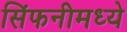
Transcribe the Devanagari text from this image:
सिंफनीमध्ये